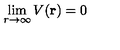
\lim _ { r \rightarrow \infty } V ( { \bf r } ) = 0